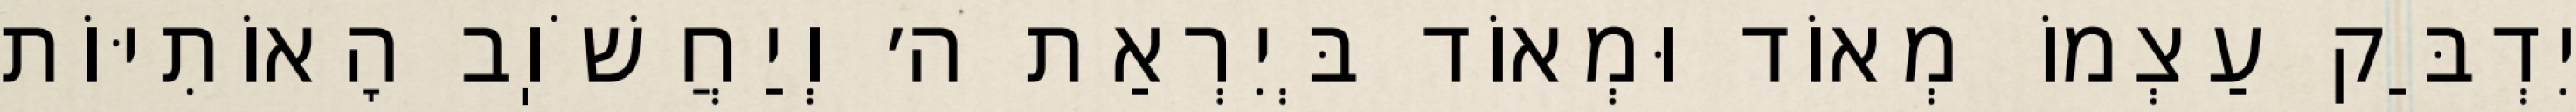
יִדְבַּק עַצְמוֹ מְאוֹד וּמְאוֹד בְּיִרְאַת ה׳ וְיַחֲשֹׁוֽב הָאוֹתִיּוֹת